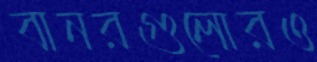
বানরগুলোরও